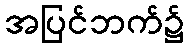
အပြင်ဘက်၌